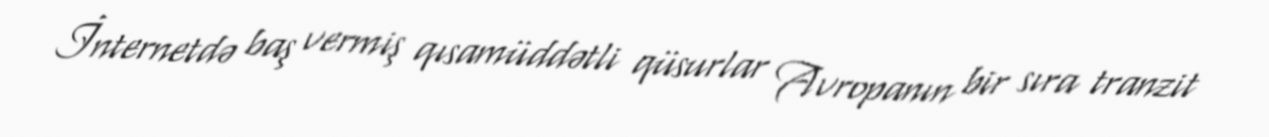
İnternetdə baş vermiş qısamüddətli qüsurlar Avropanın bir sıra tranzit